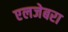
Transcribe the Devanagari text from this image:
एलजेबरा